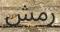
رمش